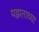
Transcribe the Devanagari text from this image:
यझताच्या